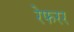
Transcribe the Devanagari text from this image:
रेफरर